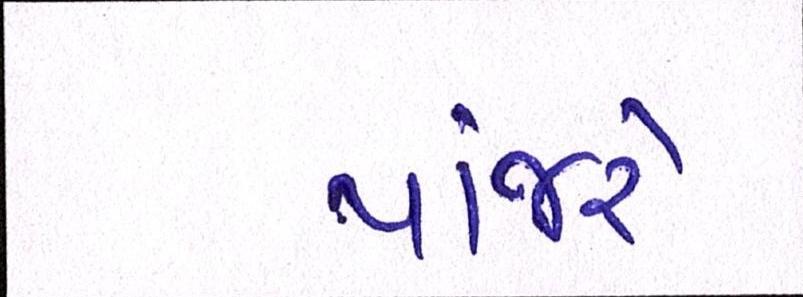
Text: પાંજરે